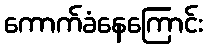
ကောက်ခံနေကြောင်း